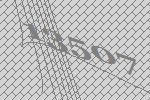
13507